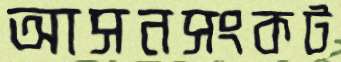
আসনসংকট